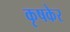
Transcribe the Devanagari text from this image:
कृषकेर